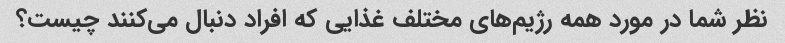
نظر شما در مورد همه رژیم‌های مختلف غذایی که افراد دنبال می‌کنند چیست؟